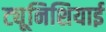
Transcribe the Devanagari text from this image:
ट्यूनिशियाई